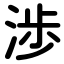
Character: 渉